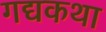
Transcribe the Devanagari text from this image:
गद्यकथा